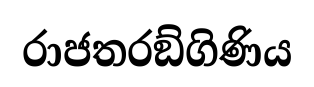
රාජතරඞ්ගිණිය